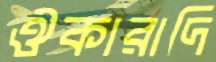
ঔকারাদি